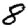
Digit: 8